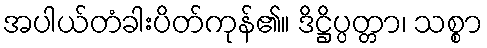
အပါယ်တံခါးပိတ်ကုန်၏။ ဒိဋ္ဌိပ္ပတ္တာ၊ သစ္စာ